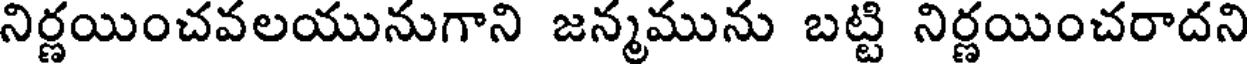
నిర్ణయించవలయునుగాని జన్మమును బట్టి నిర్ణయించరాదని